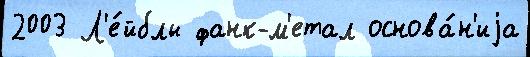
2003 Л'е́йблы фанк-м'етал основа́н'иjа